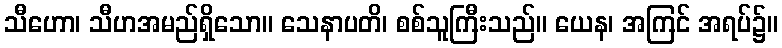
သီဟော၊ သီဟအမည်ရှိသော။ သေနာပတိ၊ စစ်သူကြီးသည်။ ယေန၊ အကြင် အရပ်၌။